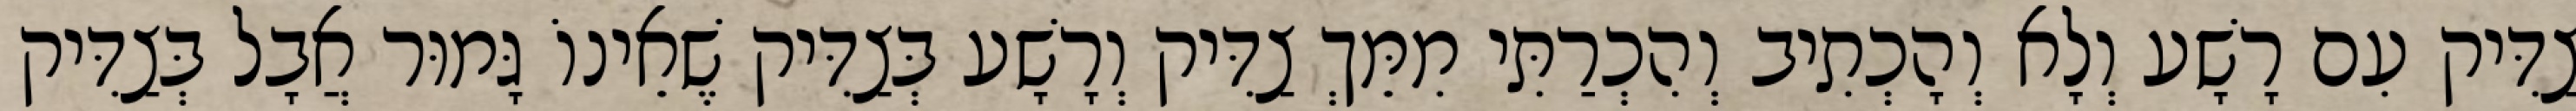
צַדִּיק עִם רָשָׁע וְלָא וְהָכְתִיב וְהִכְרַתִּי מִמֵּךְ צַדִּיק וְרָשָׁע בְּצַדִּיק שֶׁאֵינוֹ גָּמוּר אֲבָל בְּצַדִּיק